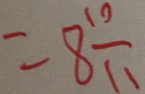
= 8 \frac { 1 0 } { 1 1 }